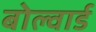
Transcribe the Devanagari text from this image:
बोल्वार्ड